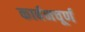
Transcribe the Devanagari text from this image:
कार्बनचूर्ण